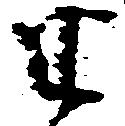
半